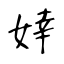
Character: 婞